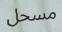
مسحل